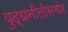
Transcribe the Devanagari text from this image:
युद्धनीतीसमोर